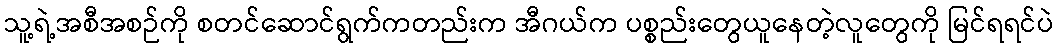
သူ့ရဲ့အစီအစဉ်ကို စတင်ဆောင်ရွက်ကတည်းက အီဂယ်က ပစ္စည်းတွေယူနေတဲ့လူတွေကို မြင်ရရင်ပဲ